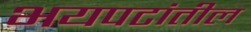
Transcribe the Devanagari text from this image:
भयपटांतील